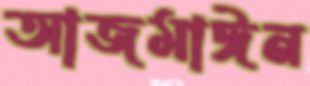
আজমাঈন